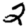
Digit: 2